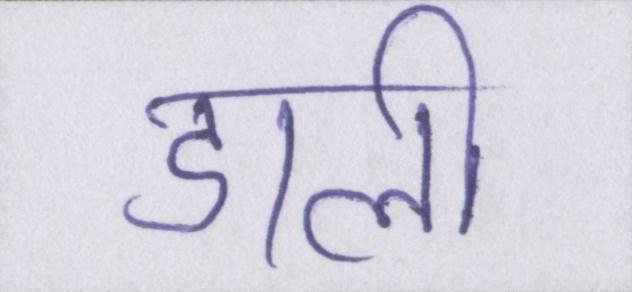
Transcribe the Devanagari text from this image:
डाली